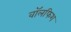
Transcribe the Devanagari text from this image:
वॉलफिश